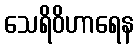
သေရိဝိဟာရေန